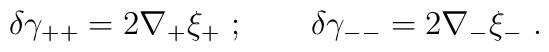
\delta \gamma_{++} = 2 \nabla_+\xi_+ ~ ; \qquad \delta \gamma_{--} = 2 \nabla_-\xi_- ~.